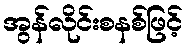
အွန်လိုင်းစနစ်ဖြင့်